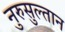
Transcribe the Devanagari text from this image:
नुरुसुल्तान